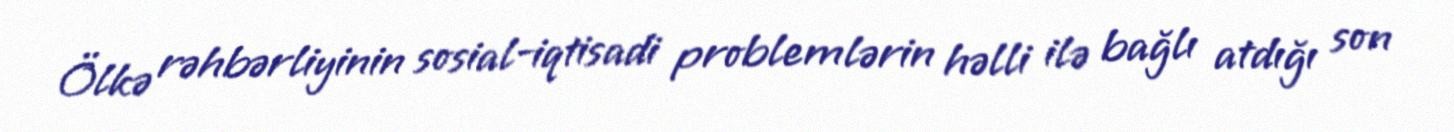
Ölkə rəhbərliyinin sosial-iqtisadi problemlərin həlli ilə bağlı atdığı son